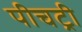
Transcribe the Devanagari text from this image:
पीचट्री